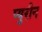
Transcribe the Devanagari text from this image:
प्युरीन